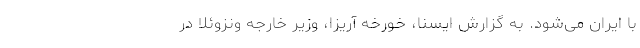
با ایران می‌شود. به گزارش ایسنا، خورخه آریزا، وزیر خارجه ونزوئلا در